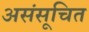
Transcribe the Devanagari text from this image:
असंसूचित